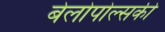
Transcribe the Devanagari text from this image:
बेलोपोल्सकी